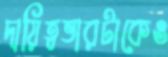
দায়িত্বভারটাকেও